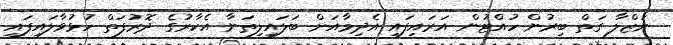
ނަޒްލާ ގަތް ބިރުން ހުއްޓުން އަރައިފައި އެދިމާއަށް ބަލައިލިތަނާ އެކާރުގެ ދޮރުފަތް ހުޅުވާލައިފައި